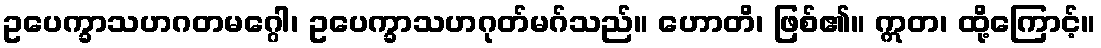
ဥပေက္ခာသဟဂတမဂ္ဂေါ၊ ဥပေက္ခာသဟဂုတ်မဂ်သည်။ ဟောတိ၊ ဖြစ်၏။ ဣတ၊ ထို့ကြောင့်။